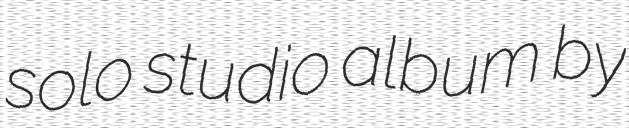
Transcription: solo studio album by